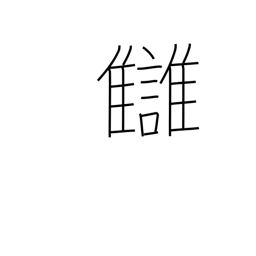
Meaning: revenge